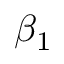
\beta _ { 1 }